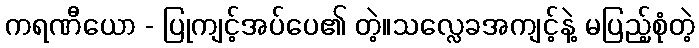
ကရဏီယော - ပြုကျင့်အပ်ပေ၏ တဲ့။သလ္လေခအကျင့်နဲ့ မပြည့်စုံတဲ့